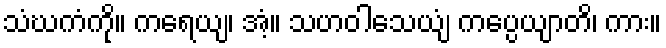
သံဃကံကို။ ကရေယျ၊ အံ့။ သဟဝါသေယျံ ကပ္ပေယျာတိ၊ ကား။